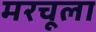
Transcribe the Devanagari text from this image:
मरचूला